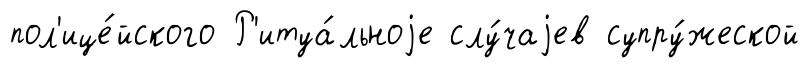
пол'ице́йского Р'итуа́льноjе слу́чаjев супру́жеской